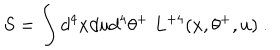
LaTeX: S = \int d ^ { 4 } x d u d ^ { 4 } \theta ^ { + } \; L ^ { + 4 } ( x , \theta ^ { + } , u ) \ .